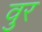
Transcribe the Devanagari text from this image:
वुर